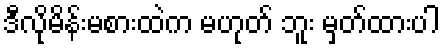
ဒီလိုမိန်းမစားထဲက မဟုတ် ဘူး မှတ်ထားပါ